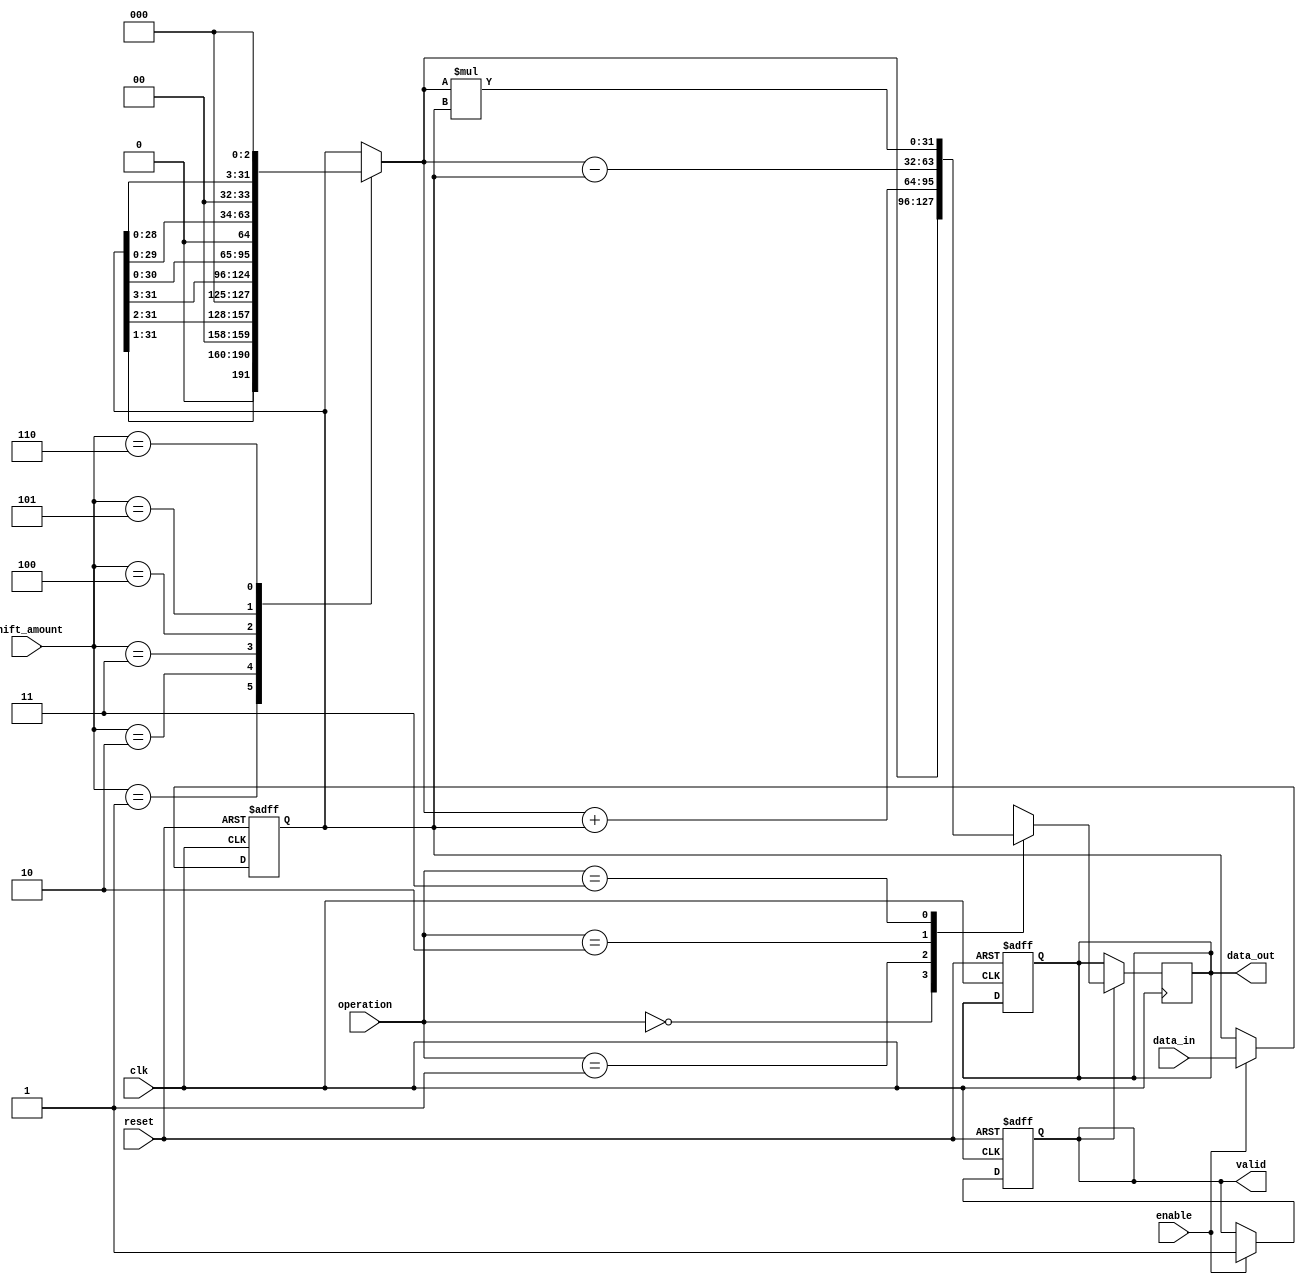
module LogarithmicShiftRegister #(
    parameter DATA_WIDTH = 32 // Default data width
)(
    input wire clk,
    input wire reset,
    input wire enable,
    input wire [DATA_WIDTH-1:0] data_in,
    input wire [3:0] shift_amount, // Logarithmic shift amount
    input wire [1:0] operation, // 00: shift, 01: add, 10: subtract, 11: multiply
    output reg [DATA_WIDTH-1:0] data_out,
    output reg valid // Data valid signal
);

    // Internal registers
    reg [DATA_WIDTH-1:0] buffer;
    reg [DATA_WIDTH-1:0] shifted_data;
    
    // Control logic for reset and enable
    always @(posedge clk or posedge reset) begin
        if (reset) begin
            buffer <= 0;
            data_out <= 0;
            valid <= 0;
        end else if (enable) begin
            buffer <= data_in; // Capture incoming data
            valid <= 1; // Set valid signal
        end
    end

    // Logarithmic shifting unit
    always @(*) begin
        case (shift_amount)
            4'b0000: shifted_data = buffer; // No shift
            4'b0001: shifted_data = buffer >> 1; // Logarithmic right shift
            4'b0010: shifted_data = buffer >> 2; // Logarithmic right shift
            4'b0011: shifted_data = buffer >> 3; // Logarithmic right shift
            4'b0100: shifted_data = buffer << 1; // Logarithmic left shift
            4'b0101: shifted_data = buffer << 2; // Logarithmic left shift
            4'b0110: shifted_data = buffer << 3; // Logarithmic left shift
            default: shifted_data = buffer; // Default case
        endcase
    end

    // Arithmetic unit
    always @(posedge clk) begin
        if (valid) begin
            case (operation)
                2'b00: data_out <= shifted_data; // Shift operation
                2'b01: data_out <= shifted_data + buffer; // Addition
                2'b10: data_out <= shifted_data - buffer; // Subtraction
                2'b11: data_out <= shifted_data * buffer; // Multiplication
                default: data_out <= shifted_data; // Default case
            endcase
        end
    end

endmodule